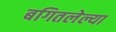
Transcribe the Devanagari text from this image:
बगितलेल्या